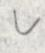
v